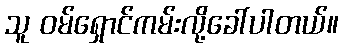
သူ ဝမ်ရှောင်ကမ်းလို့ခေါ်ပါတယ်။